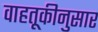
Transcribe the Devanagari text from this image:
वाहतूकीनुसार